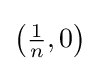
\left({\tfrac {1}{n}},0\right)